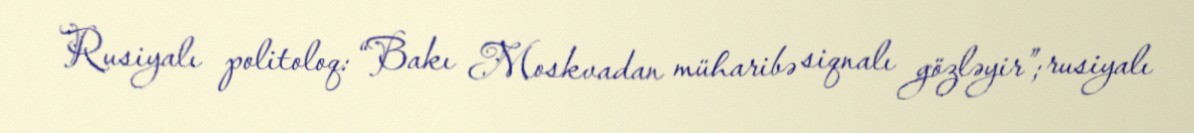
Rusiyalı politoloq: “Bakı Moskvadan müharibə siqnalı gözləyir”; rusiyalı